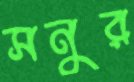
সনুর